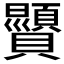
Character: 𫎥